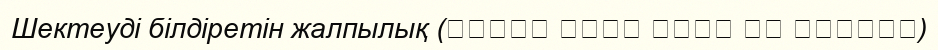
Шектеуді білдіретін жалпылық (العام الذي يراد به الخصوص)